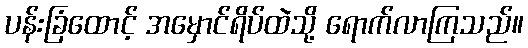
ပန်းခြံထောင့် အမှောင်ရိပ်ထဲသို့ ရောက်လာကြသည်။